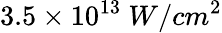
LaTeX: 3.5\times 10^{13}~W/cm^{2}